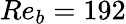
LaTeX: Re_{b}=192